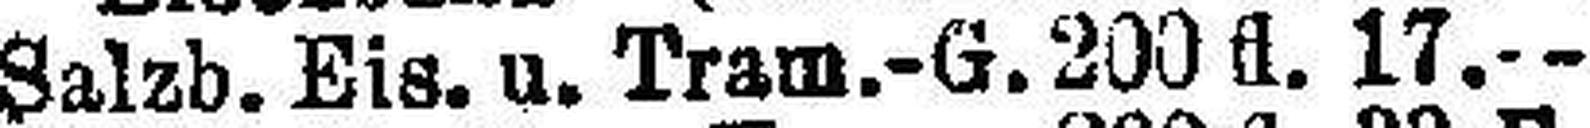
Salzb. Eis. u. Tram.-G. 200 fl. 17.—